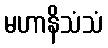
မဟာနိသံသံ